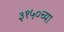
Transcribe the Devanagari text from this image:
३१५०च्या